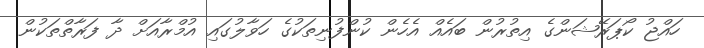
ހައްޖު ކޯޕަރޭޝަންގެ އިތުރުން ބައެއް އެހެން ކުންފުނިތަކުގެ ހަވާލުގައި އުމްރާއަށް ދާ ފަރާތްތަކުން